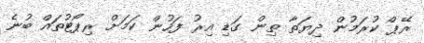
ރޭޕް ކުރަމުން ދިޔަތާ ތިން ގަޑި އިރު ފަހުން ކަމަށް ރިޕޯޓުތައް ބުނެ